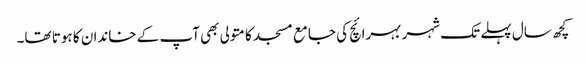
کچھ سال پہلے تک شہر بہرائچ کی جامع مسجد کا متولی بھی آپ کے خاندان کا ہوتا تھا۔